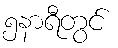
၅နာရီတွင်